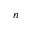
n